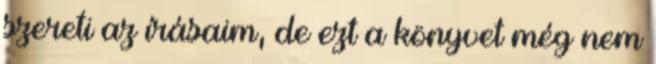
szereti az írásaim, de ezt a könyvet még nem